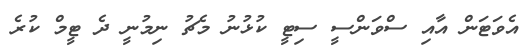
އެވަޓަން އާއި ސްވަންސީ ސިޓީ ކުޅުނު މެޗު ނިމުނީ ދެ ޓީމް ކުރެ